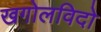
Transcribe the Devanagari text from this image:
खगोलविदो